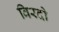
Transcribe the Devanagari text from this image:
विरदो